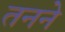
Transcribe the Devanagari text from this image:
तनने